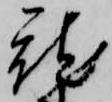
就